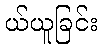
ယ်ယူခြင်း